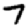
Digit: 7